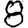
Digit: 8